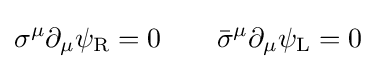
\sigma ^{\mu }\partial _{\mu }\psi _{\rm {R}}=0\qquad {\bar {\sigma }}^{\mu }\partial _{\mu }\psi _{\rm {L}}=0~